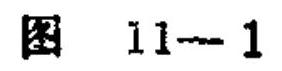
图 11-1